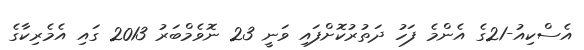
އެސްކިއު-21ގެ އެންމެ ފަހު ދަތުރުކޮށްފައި ވަނީ 23 ނޮވެމްބަރު 2013 ގައި އެމެރިކާގެ